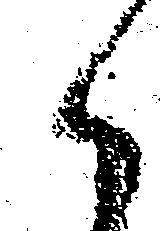
候